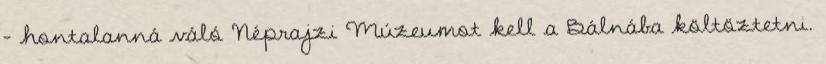
- hontalanná váló Néprajzi Múzeumot kell a Bálnába költöztetni.